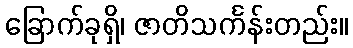
ခြောက်ခုရှိ၊ ဇာတိသင်္ကန်းတည်း။